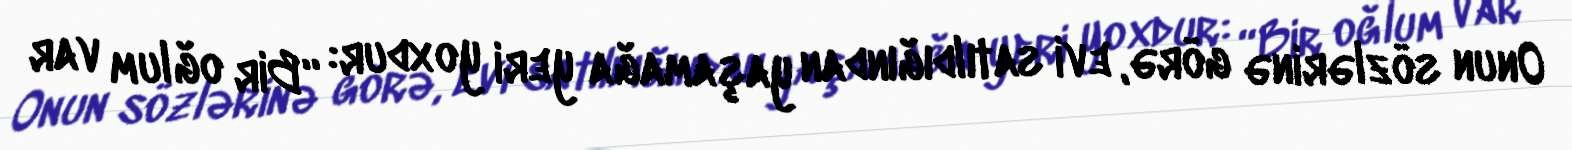
Onun sözlərinə görə, evi satıldığından yaşamağa yeri yoxdur: “Bir oğlum var